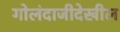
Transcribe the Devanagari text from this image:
गोलंदाजीदेखील